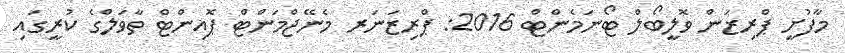
މާފުށީ ޕްރިޒަން ވޮލީބޯލް ޓޯނަމެންޓް 2016: ޕްރިޒަނަރ މެނޭޖްމަންޓް ޕޮއިންޓް ތާވަލްގެ ކުރީގައި